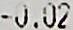
-0.02